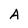
Character: A